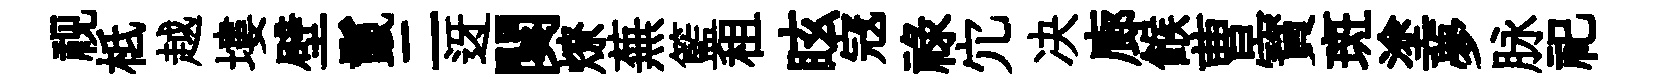
视柢越塿壁鬣二迓闋燎蕪籃租眩𡨥禄宂决廊餱曹寳斑塗夢脉祀